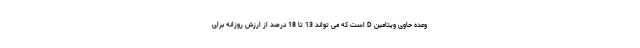
وعده حاوی ویتامین D است که می تواند 13 تا 18 درصد از ارزش روزانه برای